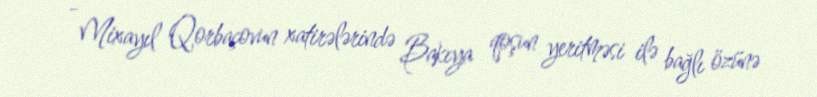
- Mixayıl Qorbaçovun xatirələrində Bakıya qoşun yeritməsi ilə bağlı özünə